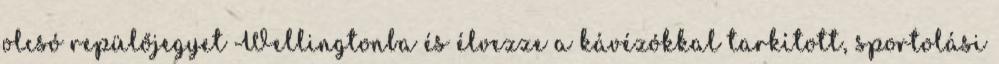
olcsó repülőjegyet Wellingtonba és élvezze a kávézókkal tarkított, sportolási